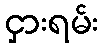
ငှားရမ်း